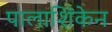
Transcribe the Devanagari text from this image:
पालाशिंकेन